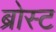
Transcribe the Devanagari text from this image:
ब्रोस्ट